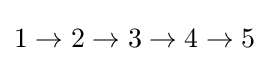
1\rightarrow 2\rightarrow 3\rightarrow 4\rightarrow 5